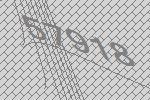
57918